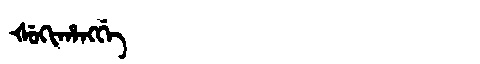
Manchu: ᡧᡠᡴᡳᡥᠠᠩᡤᡝ
Romanization: ŠUKIHANGGE